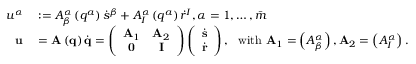
\begin{array} { r l } { u ^ { \alpha } } & { { } : = A _ { \beta } ^ { \alpha } \left( q ^ { a } \right) \dot { s } ^ { \beta } + A _ { I } ^ { \alpha } \left( q ^ { a } \right) \dot { r } ^ { I } , \alpha = 1 , \ldots , \bar { m } } \\ { \mathbf { u } } & { { } = \mathbf { A } \left( \mathbf { q } \right) \dot { \mathbf { q } } = \left( \begin{array} { c c } { \mathbf { A } _ { 1 } } & { \mathbf { A } _ { 2 } } \\ { \mathbf { 0 } } & { \mathbf { I } } \end{array} \right) \left( \begin{array} { c } { \dot { \mathbf { s } } } \\ { \dot { \mathbf { r } } } \end{array} \right) , \ \ \mathrm { w i t h \ } \mathbf { A } _ { 1 } = \left( A _ { \beta } ^ { \alpha } \right) , \mathbf { A } _ { 2 } = \left( A _ { I } ^ { \alpha } \right) . } \end{array}